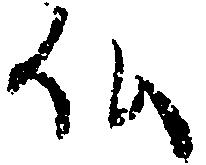
仏